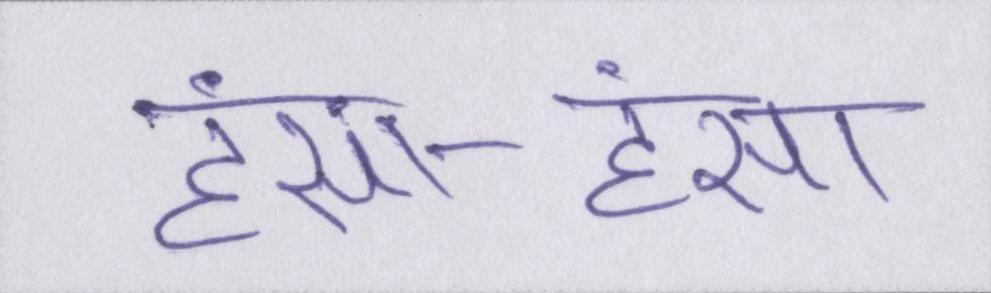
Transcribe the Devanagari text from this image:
हंसा-हंसा